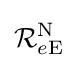
{\mathcal {R}}_{e\mathrm {E} }^{\mathrm {N} }